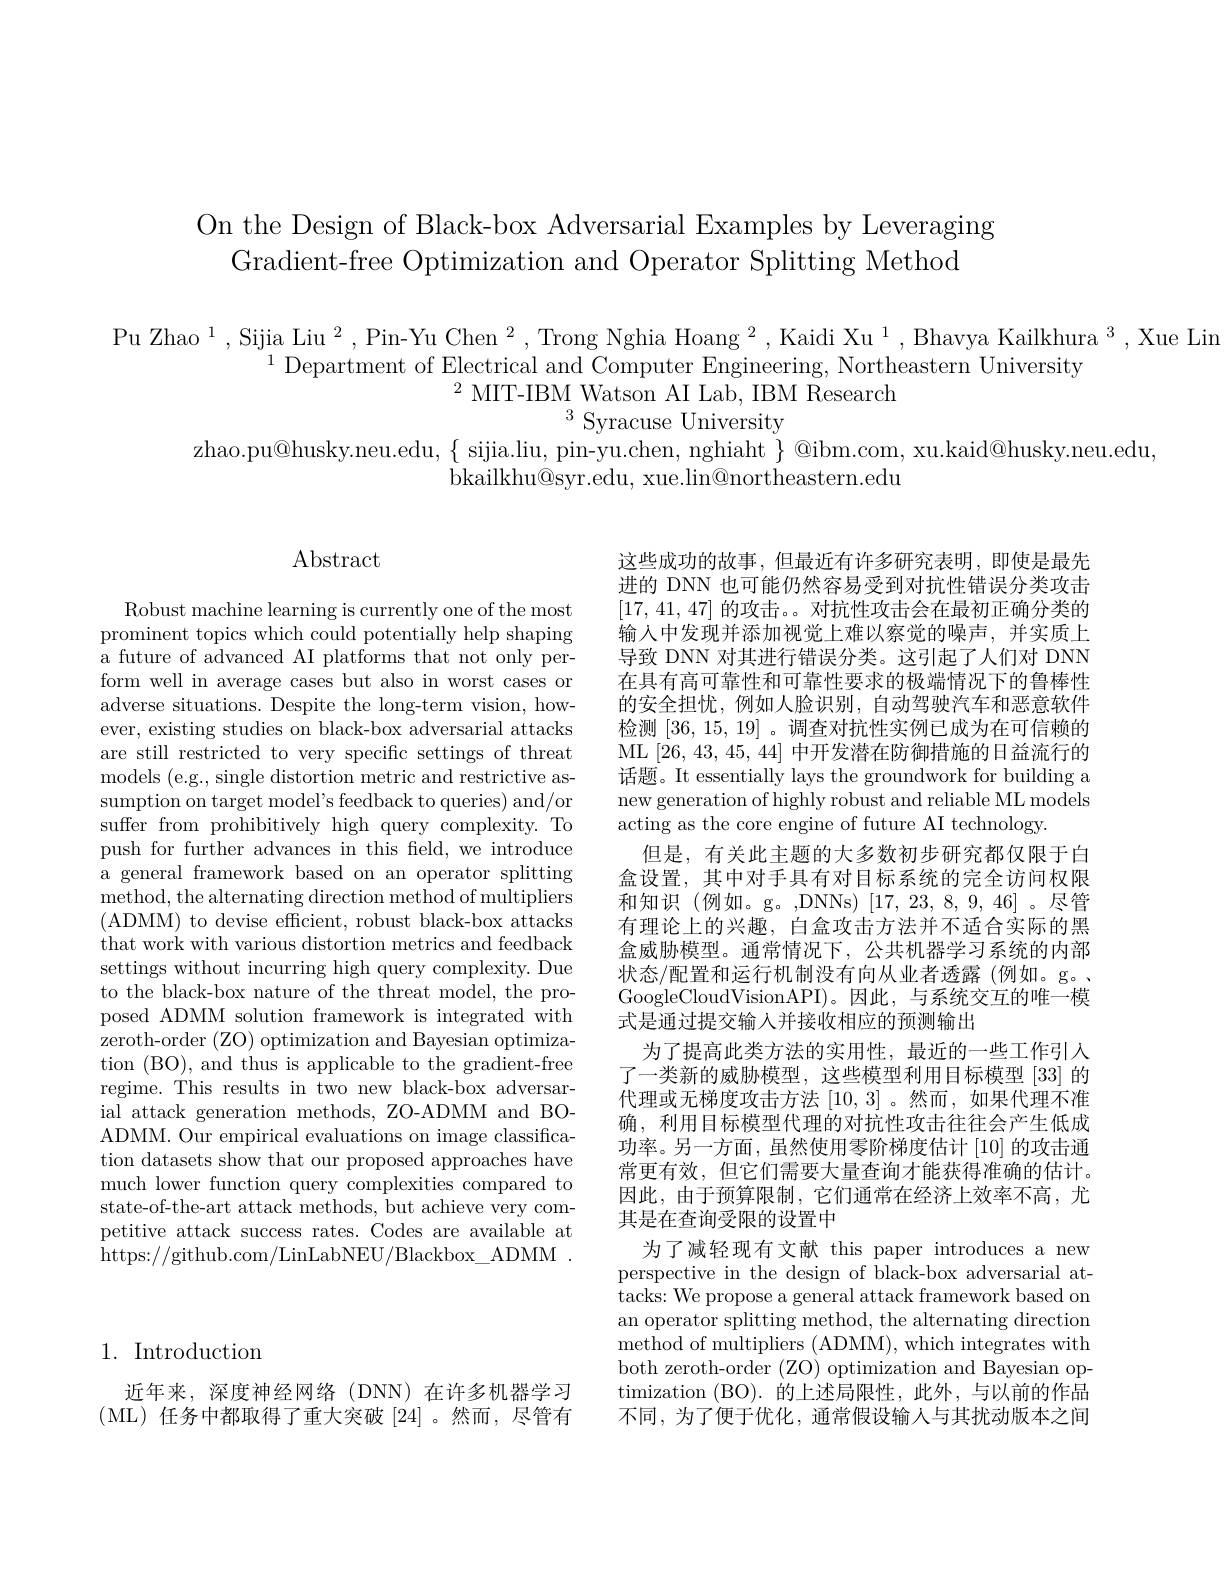
On the Design of Black-box Adversarial Examples by Leveraging
Gradient-free Optimization and Operator Splitting Method

Pu Zhao $^1$,Sijia Liu$^2$,Pin-Yu Chen $^2$,Trong Nghia Hoang $^2,\text{Kaidi Xu}^1$,Bhavya Kailkhura$^3$,Xue Lin
$^{1}$ Department of Electrical and Computer Engineering, Northeastern University
$^{2}$ MIT-IBM Watson AI Lab, IBM Research
$^{3}$Syracuse University
$$zhao.pu@husky.neu.edu,~\{~sijia.liu,~pin-yu.chen,~nghiaht~\}~@ibm.com,~xu.kaid@husky.neu.edu$,$
bkailkhu@syr.edu, xue.lin@northeastern.edu

## 1. Introduction

近年来，深度神经网络(DNN)在许多机器学习(ML)任务中都取得了重大突破[24]。然而，尽管有

## Abstract

Robust machine learning is currently one of the most prominent topics which could potentially help shaping a future of advanced AI platforms that not only perform well in average cases but also in worst cases or adverse situations. Despite the long-term vision, however, existing studies on black-box adversarial attacks are still restricted to very specific settings of threat models (e.g., single distortion metric and restrictive assumption on target model's feedback to queries) and/or suffer from prohibitively high query complexity. To push for further advances in this field, we introduce a general framework based on an operator splitting method, the alternating direction method of multipliers (ADMM) to devise effcient, robust black-box attacks that work with various distortion metrics and feedback settings without incurring high query complexity. Due to the black-box nature of the threat model, the proposed ADMM solution framework is integrated with zeroth-order (ZO) optimization and Bayesian optimization (BO), and thus is applicable to the gradient-free regime. This results in two new black-box adversarial attack generation methods, ZO-ADMM and BOADMM. Our empirical evaluations on image classification datasets show that our proposed approaches have much lower function query complexities compared to state-of-the-art attack methods, but achieve very competitive attack success rates. Codes are available at https://github.com/LinLabNEU/Blackbox\_ADMM~.

这些成功的故事，但最近有许多研究表明，即使是最先进的 DNN 也可能仍然容易受到对抗性错误分类攻击[17,41,47]的攻击。。对抗性攻击会在最初正确分类的输入中发现并添加视觉上难以察觉的噪声，并实质上导致 DNN 对其进行错误分类。这引起了人们对 DNN 在具有高可靠性和可靠性要求的极端情况下的鲁棒性的安全担忧，例如人脸识别，自动驾驶汽车和恶意软件检测[36,15,19] 。调查对抗性实例已成为在可信赖的ML[26,43,45,44]中开发潜在防御措施的日益流行的话题。It essentially lays the groundwork for building a new generation of highly robust and reliable ML models acting as the core engine of future AI technology
但是，有关此主题的大多数初步研究都仅限于白盒设置，其中对手具有对目标系统的完全访问权限和知识(例如。g。,DNNs)[17,23,8,9,46]。尽管有理论上的兴趣，白盒攻击方法并不适合实际的黑盒威胁模型。通常情况下，公共机器学习系统的内部状态/配置和运行机制没有向从业者透露(例如。g。、 GoogleCloudVisionAPI)。因此，与系统交互的唯一模式是通过提交输人并接收相应的预测输出
为了提高此类方法的实用性，最近的一些工作引入了一类新的威胁模型，这些模型利用目标模型 [33] 的代理或无梯度攻击方法[10,3] 。然而 ,如果代理不准确，利用目标模型代理的对抗性攻击往往会产生低成功率。另一方面，虽然使用零阶梯度估计[10]的攻击通常更有效，但它们需要大量查询才能获得准确的估计。因此，由于预算限制，它们通常在经济上效率不高，尤其是在查询受限的设置中
为了减轻现有文献 this paper introduces a new perspective in the design of black-box adversarial attacks: We propose a general attack framework based on an operator splitting method, the alternating directiom method of multipliers (ADMM), which integrates with both zeroth-order (ZO) optimization and Bayesian optimization (BO). 的上述局限性，此外，与以前的作品不同，为了便于优化，通常假设输入与其扰动版本之间